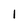
Character: 1